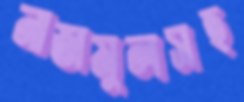
নাজমুলসহ